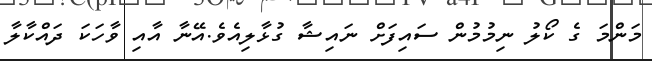
މަންމަ ގެ ކޯލު ނިމުމުން ސައިފަށް ނައިޝާ ގުޅާލިއެވެ.އޭނާ އާއި ވާހަކަ ދައްކާލާ